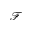
\mathcal { F }